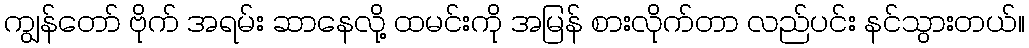
ကျွန်တော် ဗိုက် အရမ်း ဆာနေလို့ ထမင်းကို အမြန် စားလိုက်တာ လည်ပင်း နင်သွားတယ်။